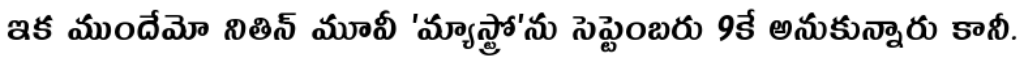
ఇక ముందేమో నితిన్ మూవీ 'మ్యాస్ట్రో'ను సెప్టెంబరు 9కే అనుకున్నారు కానీ.